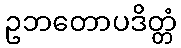
ဥဘတောပဒိတ္တံ